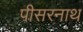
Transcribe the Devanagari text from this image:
पीसरनाथ